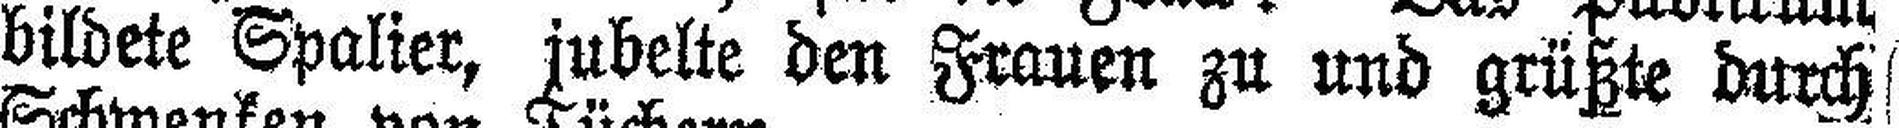
bildete Spalier, jubelte den Frauen zu und grüßte durch